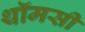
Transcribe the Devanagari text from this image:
थॉमसी